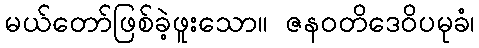
မယ်တော်ဖြစ်ခဲ့ဖူးသော။ ဇနဝတိဒေဝိပမုခံ၊